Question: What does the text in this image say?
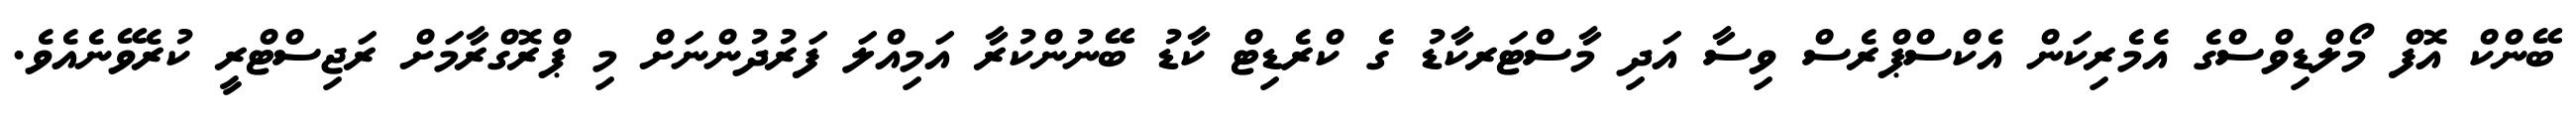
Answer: ބޭންކް އޮފް މޯލްޑިވްސްގެ އެމެރިކަން އެކްސްޕްރެސް ވިސާ އަދި މާސްޓަރކާޑު ގެ ކްރެޑިޓް ކާޑު ބޭނުންކުރާ އަމިއްލަ ފަރުދުންނަށް މި ޕްރޮގްރާމަށް ރަޖިސްޓްރީ ކުރެވޭނެއެވެ.